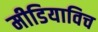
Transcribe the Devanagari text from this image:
मीडियाविच